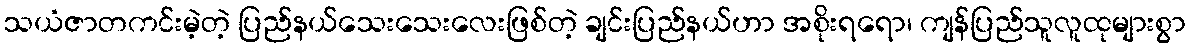
သယံဇာတကင်းမဲ့တဲ့ ပြည်နယ်သေးသေးလေးဖြစ်တဲ့ ချင်းပြည်နယ်ဟာ အစိုးရရော၊ ကျန်ပြည်သူလူထုများစွာ